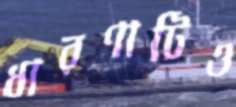
ধারণাটিও